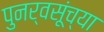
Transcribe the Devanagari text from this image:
पुनर्वसूंच्या